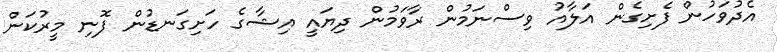
އެދުވަހުން ފެށިގެން އަލާއު ވިސްނަމުން ރާވަމުން ދިޔައީ އިޝާގެ ހަށިގަނޑުން ފޮނި މީރުކަން